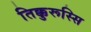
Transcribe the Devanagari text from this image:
तिक्कुरूस्सि